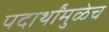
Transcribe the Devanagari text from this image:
पदार्थांमुळेच